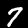
Label: 7